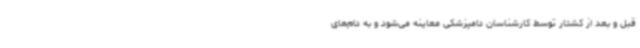
قبل و بعد از کشتار توسط کارشناسان دامپزشکی معاینه می‌شود و به دام‌های